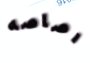
رصاصه